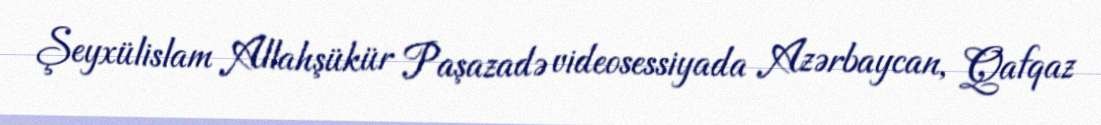
Şeyxülislam Allahşükür Paşazadə videosessiyada Azərbaycan, Qafqaz